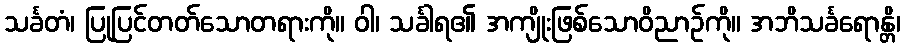
သင်္ခတံ၊ ပြုပြင်တတ်သောတရားကို။ ဝါ၊ သင်္ခါရ၏ အကျိုးဖြစ်သောဝိညာဉ်ကို။ အဘိသင်္ခရောန္တိ၊